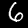
Digit: 6